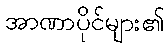
အာဏာပိုင်များ၏